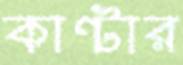
কান্টার